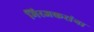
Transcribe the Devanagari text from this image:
मिरजकरांना